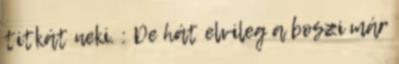
titkát neki. : De hát elvileg a boszi már